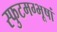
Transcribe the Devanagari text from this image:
स्फुटमग्भूषां